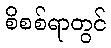
စိစစ်ရာတွင်